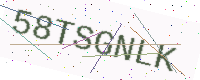
Text: 58TSGNLK